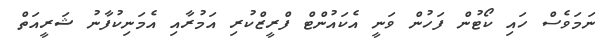
ނަމަވެސް ހައި ކޯޓުން ފަހުން ވަނީ އެކައުންޓް ފްރީޒްކުރި އަމުރާއި އެމަނިކުފާނު ޝަރީއަތް